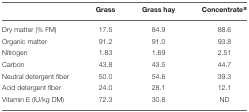
|  | Grass | Grass hay | Concentratea |
 | --- | --- | --- | --- |
 | Dry matter (% FM) | 17.5 | 84.9 | 88.6 |
 | Organic matter | 91.2 | 91.0 | 93.8 |
 | Nitrogen | 1.83 | 1.69 | 2.51 |
 | Carbon | 43.8 | 43.5 | 44.7 |
 | Neutral detergent fiber | 50.0 | 54.6 | 39.3 |
 | Acid detergent fiber | 24.0 | 28.1 | 12.1 |
 | Vitamin E (IU/kg DM) | 72.3 | 30.8 | ND |